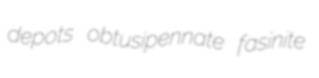
depots obtusipennate fasinite